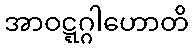
အာဝဋ္ဋဂ္ဂါဟောတိ